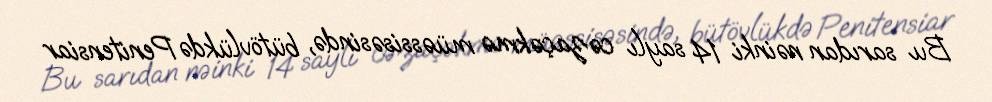
Bu sarıdan nəinki 14 saylı cəzaçəkmə müəssisəsində, bütövlükdə Penitensiar